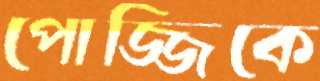
পোজ্জিকে